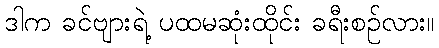
ဒါက ခင်ဗျားရဲ့ ပထမဆုံးထိုင်း ခရီးစဉ်လား။